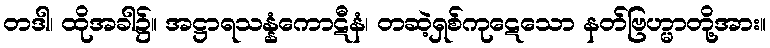
တဒါ၊ ထိုအခါ၌။ အဋ္ဌာရသန္နံကောဋီနံ၊ တဆဲ့ရှစ်ကုဋေသော နတ်ဗြဟ္မာတို့အား။